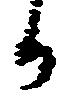
か